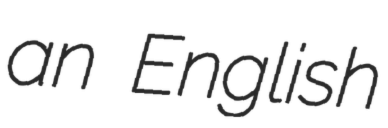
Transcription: an English